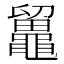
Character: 𪓸